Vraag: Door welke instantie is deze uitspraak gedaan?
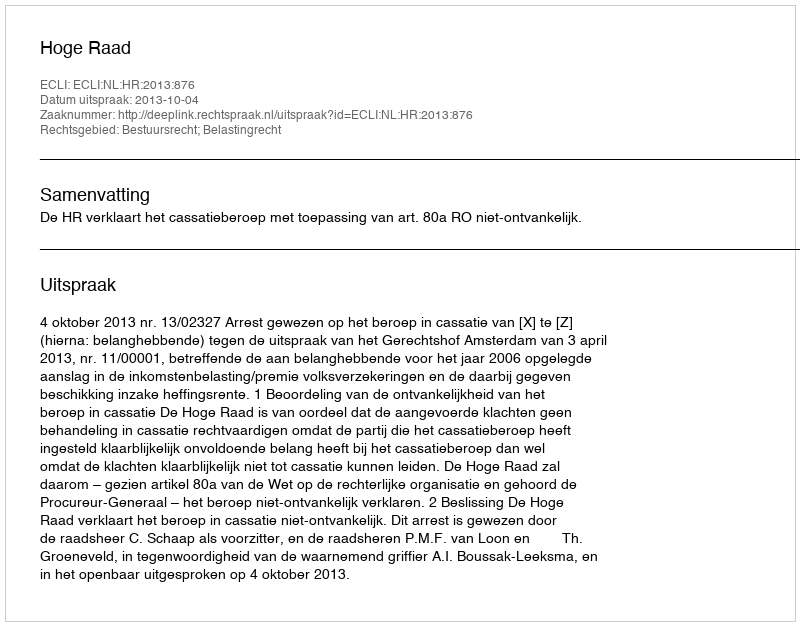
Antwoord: Hoge Raad